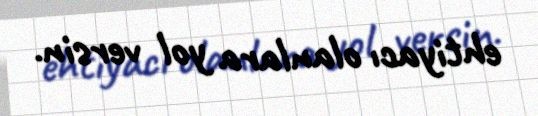
ehtiyacı olanlara yol versin.